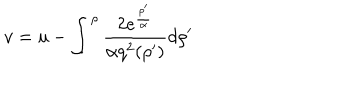
v = u - \int _ { } ^ { \rho } { \frac { 2 e ^ { \frac { \rho ^ { \prime } } { \alpha } } } { \alpha q ^ { 2 } ( \rho ^ { \prime } ) } } d \rho ^ { \prime }